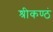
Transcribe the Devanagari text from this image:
श्रीकण्ठं